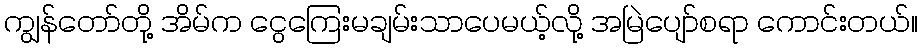
ကျွန်တော်တို့ အိမ်က ငွေကြေးမချမ်းသာပေမယ့်လို့ အမြဲပျော်စရာ ကောင်းတယ်။